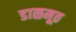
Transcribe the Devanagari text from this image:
डाळमूठ